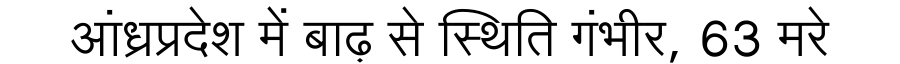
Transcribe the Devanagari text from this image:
आंध्रप्रदेश में बाढ़ से स्थिति गंभीर, 63 मरे